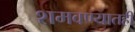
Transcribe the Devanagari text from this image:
शमवण्यातही